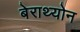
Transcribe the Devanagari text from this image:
बेराथ्योन